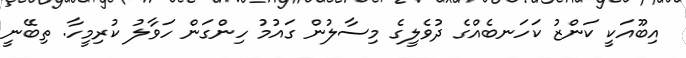
އިބޫއަކީ ކަންޒު ކަހަނބެއްގެ ދުވެލީގެ މިސާލުން ގައުމު ހިންގަން ހަވާލު ކުރިމީހާ. ތިބޭނީ